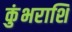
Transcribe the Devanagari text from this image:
कुंभराशि